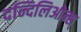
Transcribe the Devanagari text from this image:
दन्दिलिओन्स्